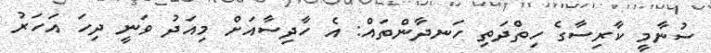
ސުނާމީ ކާރިސާގެ ހިތްދަތި ހަނދާންތައް: އެ ހާދިސާއަށް މިއަދު ވަނީ ދިހަ އަހަރު